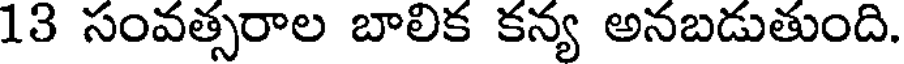
13 సంవత్సరాల బాలిక కన్య అనబడుతుంది.